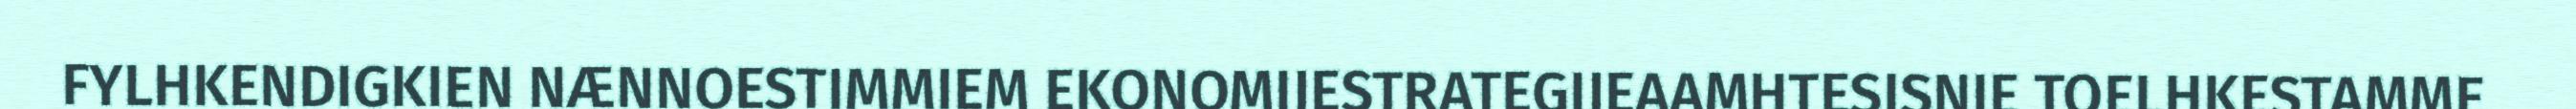
FYLHKENDIGKIEN NÆNNOESTIMMIEM EKONOMIJESTRATEGIJEAAMHTESISNIE TOELHKESTAMME